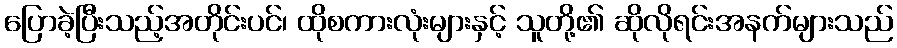
ပြောခဲ့ပြီးသည့်အတိုင်းပင်၊ ထိုစကားလုံးများနှင့် သူတို့၏ ဆိုလိုရင်းအနက်များသည်